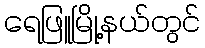
ရေဖြူမြို့နယ်တွင်